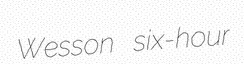
Wesson six-hour